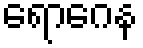
ရောဂေန